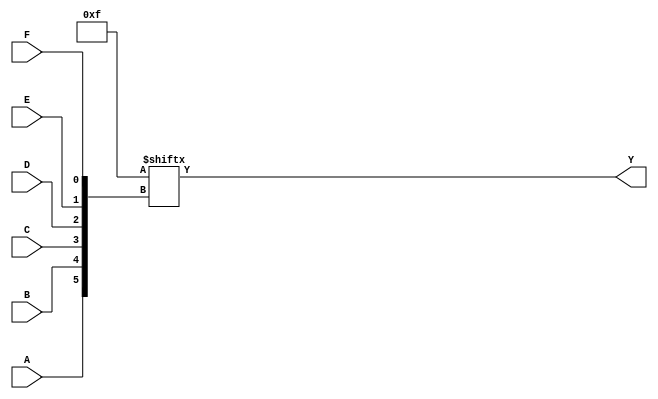
module kmap_6var (
    input wire A,    // Variable A
    input wire B,    // Variable B
    input wire C,    // Variable C
    input wire D,    // Variable D
    input wire E,    // Variable E
    input wire F,    // Variable F
    output wire Y    // Output Y representing the simplified Boolean function
);

// K-map size: 8 rows (for A, B, C) and 8 columns (for D, E, F)
// Total cells = 64 (8x8)
reg [63:0] kmap;

// Initialize the K-map with the minterms
initial begin
    // Example K-map population (replace with actual minterms)
    // Each bit represents whether the corresponding minterm is true (1) or false (0)
    kmap = 64'b0000000000000000000000000000000000000000000000000000000000001111; // Example values
    // Populate the K-map with actual minterms based on your function
    // For example:
    // kmap[0] = 0; // m0
    // kmap[1] = 1; // m1
    // kmap[2] = 0; // m2
    // ...
    // kmap[63] = 1; // m63
end

// Calculate the index for the K-map based on inputs
wire [5:0] index;
assign index = {A, B, C, D, E, F}; // Concatenate inputs to form a 6-bit index

// Output the value from the K-map based on the index
assign Y = kmap[index];

endmodule